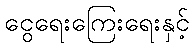
ငွေရေးကြေးရေးနှင့်